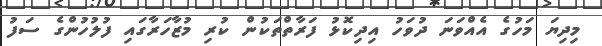
މިދިޔަ މަހުގެ އެއްވަނަ ދުވަހު އިދިކޮޅު ފަރާތްތަކުން ކުރި މުޒާހަރާގައި ފުލުހުންގެ ސަފު